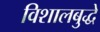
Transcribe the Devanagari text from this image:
विशालबुद्धे